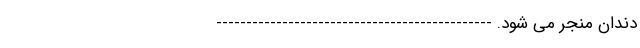
دندان منجر می شود. ----------------------------------------------